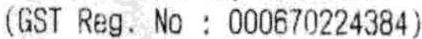
(GST REG. NO : 000670224384)